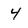
Character: 4